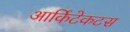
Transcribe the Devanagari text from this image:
आर्किटेकटस